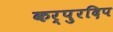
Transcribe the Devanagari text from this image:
कर्पुरदिप